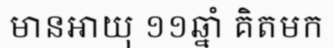
មានអាយុ ១១ឆ្នាំ គិតមក